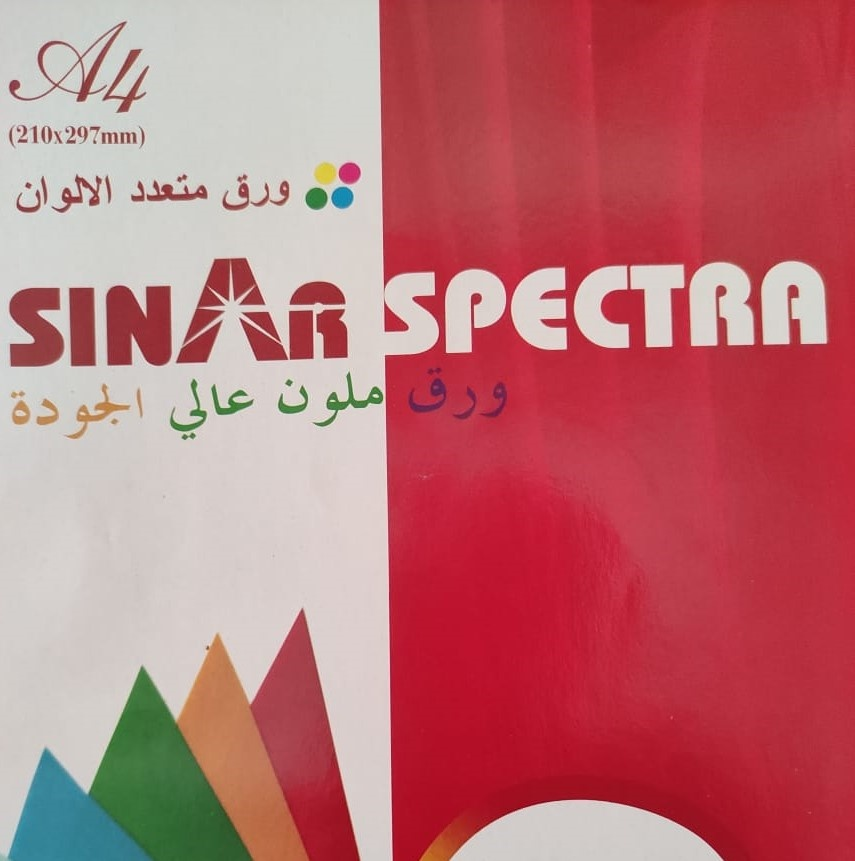
Text in image: متعدد ورق الالوان ورق ملون عالي الجودة A4 210x297mm SPECTRA SINAR